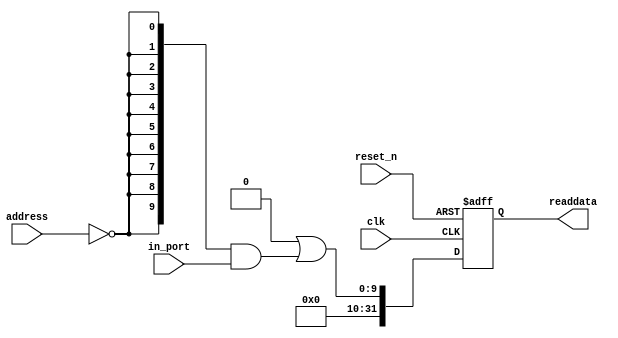
//Legal Notice: (C)2017 Altera Corporation. All rights reserved.  Your
//use of Altera Corporation's design tools, logic functions and other
//software and tools, and its AMPP partner logic functions, and any
//output files any of the foregoing (including device programming or
//simulation files), and any associated documentation or information are
//expressly subject to the terms and conditions of the Altera Program
//License Subscription Agreement or other applicable license agreement,
//including, without limitation, that your use is for the sole purpose
//of programming logic devices manufactured by Altera and sold by Altera
//or its authorized distributors.  Please refer to the applicable
//agreement for further details.

// synthesis translate_off
`timescale 1ns / 1ps
// synthesis translate_on

// turn off superfluous verilog processor warnings 
// altera message_level Level1 
// altera message_off 10034 10035 10036 10037 10230 10240 10030 

module Computer_System_Slider_Switches (
                                         // inputs:
                                          address,
                                          clk,
                                          in_port,
                                          reset_n,

                                         // outputs:
                                          readdata
                                       )
;

  output  [ 31: 0] readdata;
  input   [  1: 0] address;
  input            clk;
  input   [  9: 0] in_port;
  input            reset_n;

  wire             clk_en;
  wire    [  9: 0] data_in;
  wire    [  9: 0] read_mux_out;
  reg     [ 31: 0] readdata;
  assign clk_en = 1;
  //s1, which is an e_avalon_slave
  assign read_mux_out = {10 {(address == 0)}} & data_in;
  always @(posedge clk or negedge reset_n)
    begin
      if (reset_n == 0)
          readdata <= 0;
      else if (clk_en)
          readdata <= {32'b0 | read_mux_out};
    end


  assign data_in = in_port;

endmodule